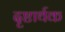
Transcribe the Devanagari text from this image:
दृष्टार्थक